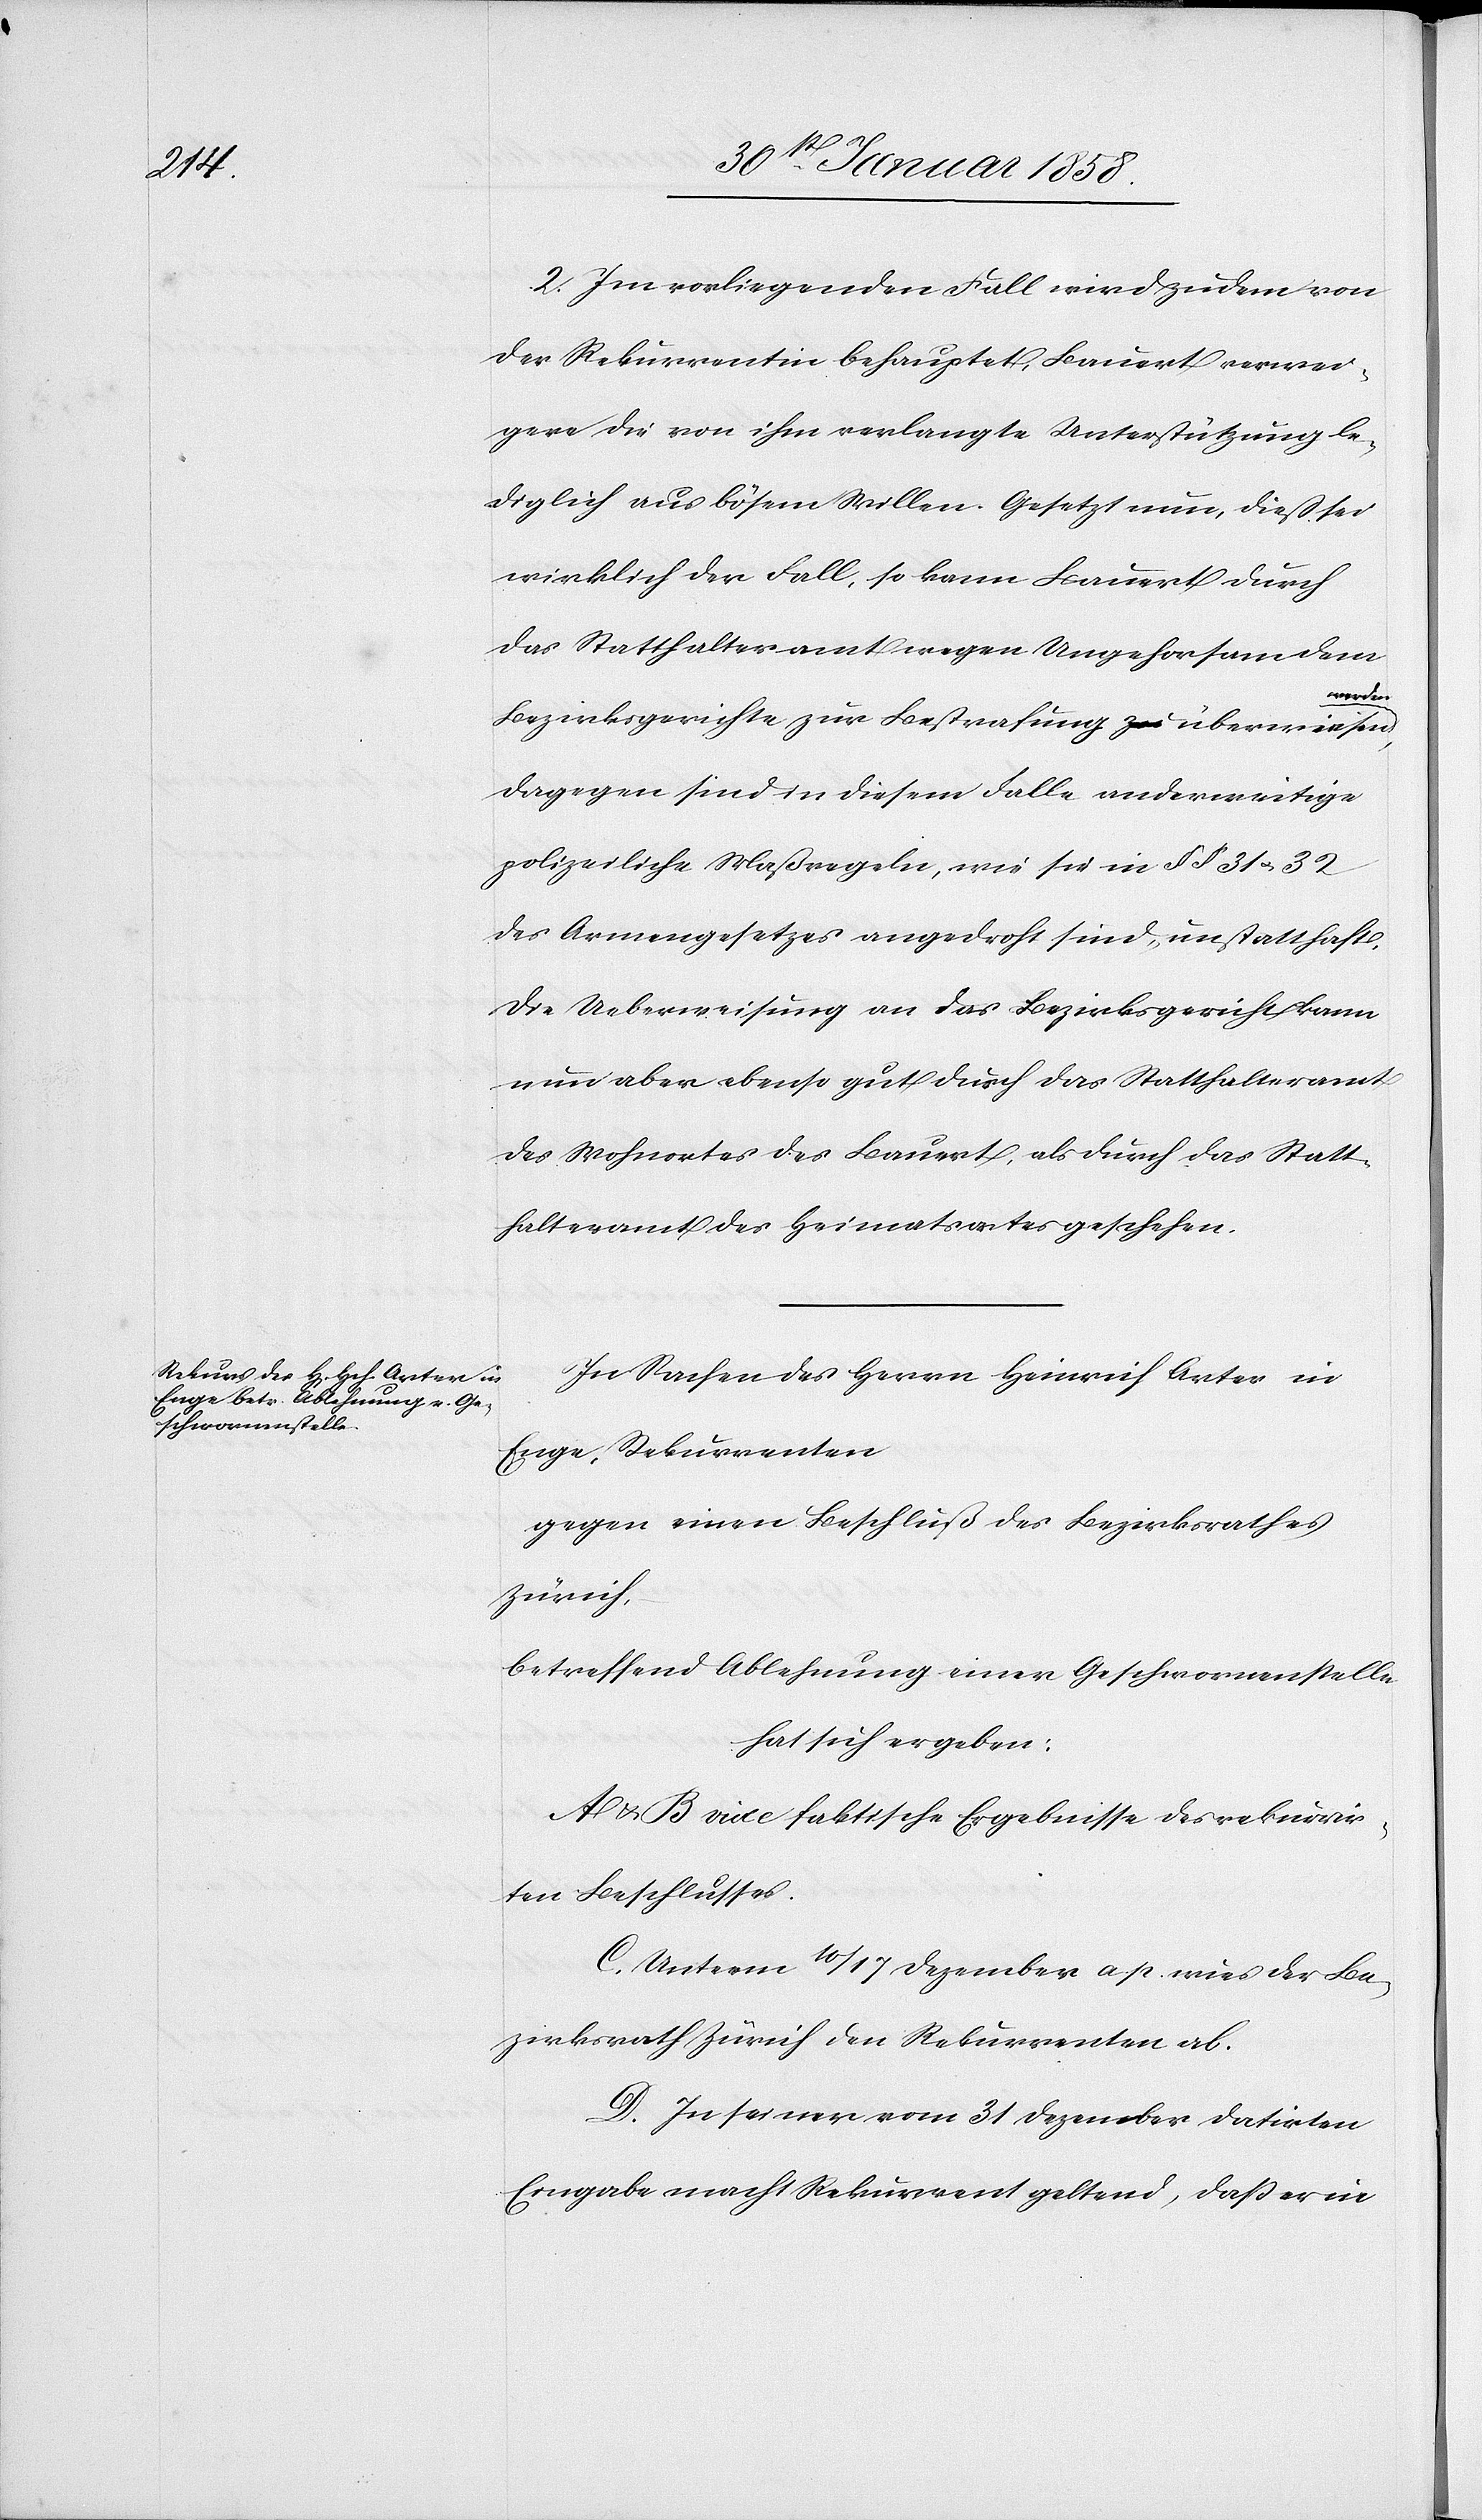
2. Im vorliegenden Fall wird zudem von
der Rekurrentin behauptet, Bauert verwei¬
gere die von ihm verlangte Unterstützung le¬
diglich aus bösem Willen. Gesetzt nun, dieß sei
wirklich der Fall, so kann Bauert durch
das Statthalteramt wegen Ungehorsam dem
Bezirksgerichte zur Bestrafung überwiesen
dagegen sind in diesem Falle anderweitige
polizeiliche Maßregeln, wie sie in § § 31 u. 32
des Armengesetzes angedroht sind, unstatthaft.
Die Ueberweisung an das Bezirksgericht kann
nun aber ebenso gut durch das Statthalteramt
des Wohnortes des Bauert, als durch das Statt¬
halteramt des Heimatsortes geschehen.
In Sachen des Herrn Heinrich Arter in
Enge, Rekurrenten
gegen einen Beschluß des Bezirksrathes
Zürich,
betreffend Ablehnung einer Geschwornenstelle
hat sich ergeben:
A & B vide faktische Ergebnisse des rekurrir¬
ten Beschlusses.
C. Unterm 10/17 Dezember a. p. wies der Be¬
zirksrath Zürich den Rekurrent ab.
D. In seiner vom 31 Dezember datirten
Eingabe macht Rekurrent geltend, daß er in